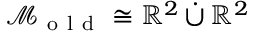
\mathcal { M } _ { \mathrm { ~ o ~ l ~ d ~ } } \cong \mathbb { R } ^ { 2 } \, \dot { \cup } \, \mathbb { R } ^ { 2 }